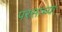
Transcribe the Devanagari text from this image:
परसाच्या